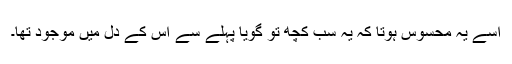
اسے یہ محسوس ہوتا کہ یہ سب کچھ تو گویا پہلے سے اس کے دل میں موجود تھا۔